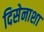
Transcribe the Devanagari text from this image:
दिसेनाशा